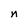
Character: n